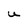
Character: u